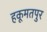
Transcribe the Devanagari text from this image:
हकूमतपुर